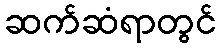
ဆက်ဆံရာတွင်